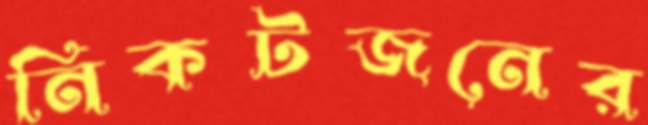
নিকটজনের